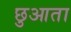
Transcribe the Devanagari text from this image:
छुआता